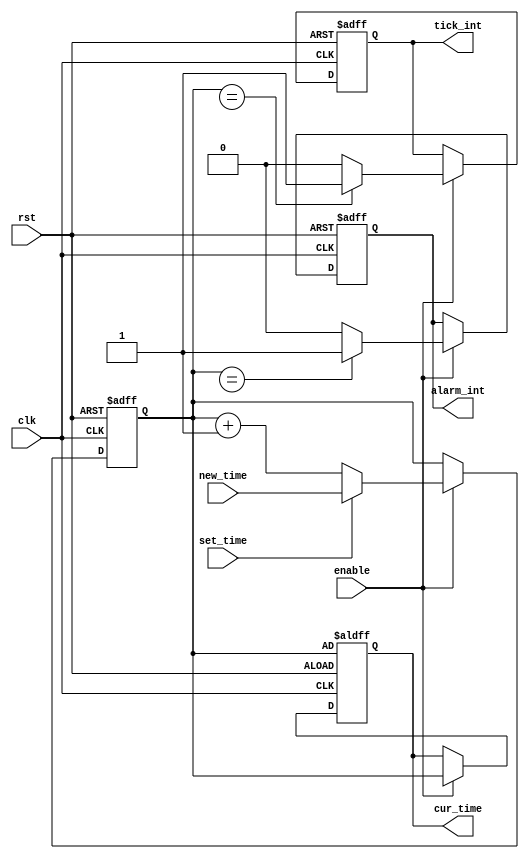
module RTC_timer (
    input wire clk,              // System clock input
    input wire rst,              // Reset input
    input wire enable,           // Enable signal for RTC operation
    input wire set_time,         // Signal to set new time/date
    input wire [31:0] new_time,  // New time/date value
    output reg [31:0] cur_time,  // Current time/date value register
    output reg alarm_int,        // Interrupt signal for alarm events
    output reg tick_int          // Interrupt signal for periodic clock ticks
);

reg [31:0] rtc_register;        // Register to store RTC values
reg [31:0] alarm_time;          // User-defined alarm time/date
reg [31:0] tick_time;           // User-defined periodic clock tick time/date

always @(posedge clk or posedge rst) begin
    if (rst) begin
        rtc_register <= 32'h00000000;   // Initialize RTC register to zero
        cur_time <= rtc_register;
        alarm_int <= 1'b0;             // Initialize interrupts to zero
        tick_int <= 1'b0;
    end else begin
        if (enable) begin
            if (set_time) begin
                rtc_register <= new_time;   // Update RTC register with new time/date
            end else begin
                rtc_register <= rtc_register + 32'h00000001;  // Increment time by one unit
            end
            cur_time <= rtc_register;       // Update current time with RTC register value
            
            // Check for alarm event
            if (rtc_register == alarm_time) begin
                alarm_int <= 1'b1;   // Assert alarm interrupt
            end else begin
                alarm_int <= 1'b0;
            end
            
            // Check for periodic clock tick event
            if (rtc_register == tick_time) begin
                tick_int <= 1'b1;    // Assert tick interrupt
            end else begin
                tick_int <= 1'b0;
            end
        end
    end
end

endmodule